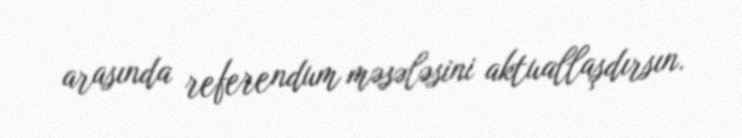
arasında referendum məsələsini aktuallaşdırsın.